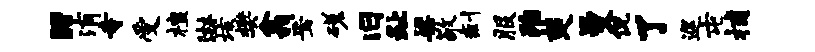
“消寺受檀淋垓樊翕焉磋旧趾梁敬剩服殆楚曼侃了巡屯捕